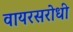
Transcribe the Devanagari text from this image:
वायरसरोधी